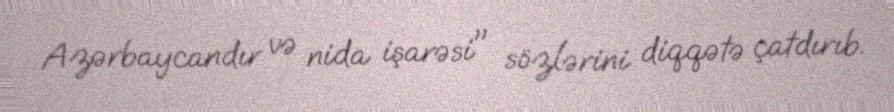
Azərbaycandır və nida işarəsi" sözlərini diqqətə çatdırıb.